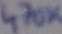
Text: 470K